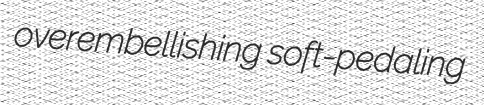
overembellishing soft-pedaling